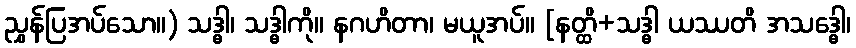
ညွှန်ပြအပ်သော။) သဒ္ဓါ၊ သဒ္ဓါကို။ နဂဟိတာ၊ မယူအပ်။ [နတ္ထိ+သဒ္ဓါ ယဿတိ အသဒ္ဓေါ၊